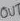
Text: OUT